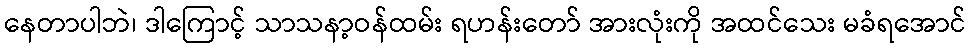
နေတာပါဘဲ၊ ဒါကြောင့် သာသနာ့ဝန်ထမ်း ရဟန်းတော် အားလုံးကို အထင်သေး မခံရအောင်